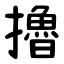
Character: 擼